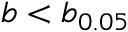
b < b _ { 0 . 0 5 }